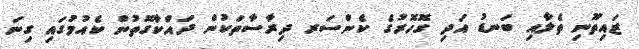
ޒައިތޫނި ތެލާއި ބަނޑު އަދި ގޮހޮރުގެ ކެންސަރ ދިރާސާތަކުން ދައްކާގޮތުން ކެއުމުގައި ގިނަ